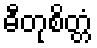
ဓီတုစိတ္တံ